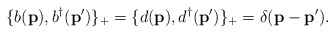
\begin{align*}\{b({\bf p}),b^\dagger ({\bf p'})\}_+=\{d({\bf p}),d^\dagger ({\bf p'})\}_+=\delta ({\bf p-\bf p'}).\end{align*}